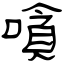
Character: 嗿